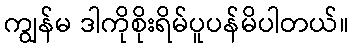
ကျွန်မ ဒါကိုစိုးရိမ်ပူပန်မိပါတယ်။